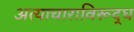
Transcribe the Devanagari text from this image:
अत्याचाराविरूद्ध